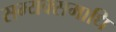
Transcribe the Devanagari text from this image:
सम्यक्समाधि